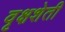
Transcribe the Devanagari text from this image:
वृक्षशेती